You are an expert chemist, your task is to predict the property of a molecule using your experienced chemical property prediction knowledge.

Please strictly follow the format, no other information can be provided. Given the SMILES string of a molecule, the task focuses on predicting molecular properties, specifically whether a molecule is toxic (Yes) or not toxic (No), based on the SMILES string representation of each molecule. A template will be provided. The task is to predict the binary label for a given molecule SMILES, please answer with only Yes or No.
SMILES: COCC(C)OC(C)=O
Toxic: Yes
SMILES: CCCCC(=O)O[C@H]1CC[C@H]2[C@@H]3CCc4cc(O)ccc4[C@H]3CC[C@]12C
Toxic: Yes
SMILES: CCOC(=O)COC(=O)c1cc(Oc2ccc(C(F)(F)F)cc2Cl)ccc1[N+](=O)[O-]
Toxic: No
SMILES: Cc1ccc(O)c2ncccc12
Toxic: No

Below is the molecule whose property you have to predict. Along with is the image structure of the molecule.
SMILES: CCc1ccc(O)cc1
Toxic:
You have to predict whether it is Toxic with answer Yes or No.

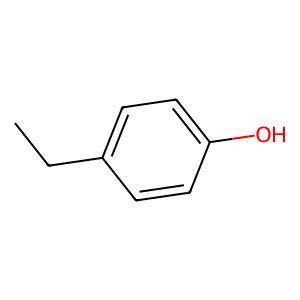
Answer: No